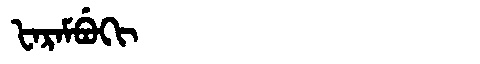
Manchu: ᡶᠠᡵᠠᠮᠪᡠᡴᡳ
Romanization: FARAMBUKI